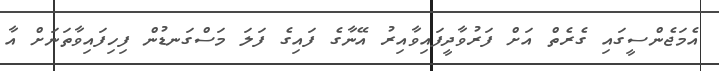
އެމަޖެންސީގައި ގެރެތް އަށް ފަރުވާދީފައިވާއިރު އޭނާގެ ފައިގެ ފަލަ މަސްގަނޑުން ފިހިފައިވާތަނަށް އާ